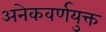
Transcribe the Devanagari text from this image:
अनेकवर्णयुक्त